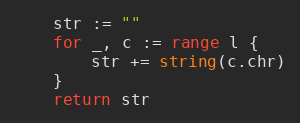
Language: Go
	str := ""
	for _, c := range l {
		str += string(c.chr)
	}
	return str